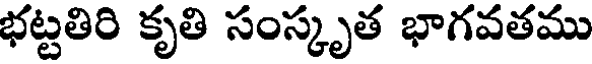
భట్టతిరి కృతి సంస్కృత భాగవతము